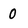
Character: 0